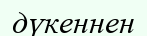
дүкеннен